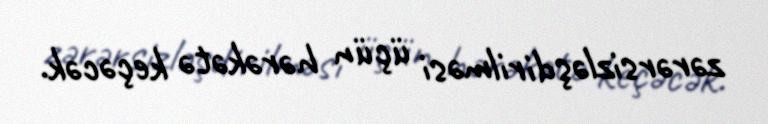
zərərsizləşdirilməsi üçün hərəkətə keçəcək.